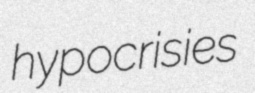
hypocrisies